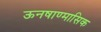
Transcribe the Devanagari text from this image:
ऊनषाण्मासिक